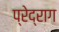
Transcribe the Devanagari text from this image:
प्रेद्राग